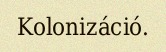
Kolonizáció.